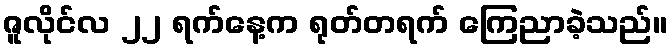
ဇူလိုင်လ ၂၂ ရက်နေ့က ရုတ်တရက် ကြေညာခဲ့သည်။